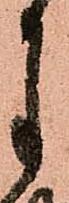
月